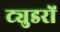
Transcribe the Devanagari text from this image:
ट्युडरों